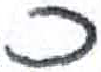
אות: כ